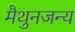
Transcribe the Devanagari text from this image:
मैथुनजन्य